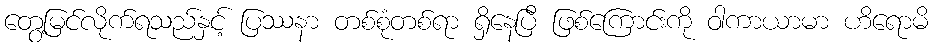
တွေ့မြင်လိုက်ရသည်နှင့် ပြဿနာ တစ်စုံတစ်ရာ ရှိနေပြီ ဖြစ်ကြောင်းကို ဝါကာယာမာ ဟိရောမိ